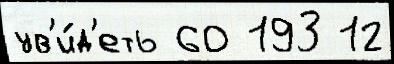
ув'и́д'еть 60 193 12